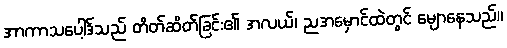
အာကာသပေါ့ဒ်သည် တိတ်ဆိတ်ခြင်း၏ အလယ်၊ ညအမှောင်ထဲတွင် မျောနေသည်။